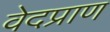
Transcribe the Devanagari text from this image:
वेदप्राण